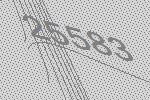
25583